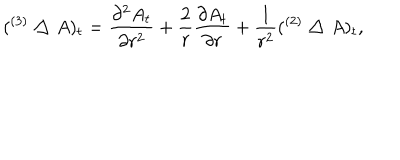
( { } ^ { ( 3 ) } \bigtriangleup A ) _ { t } = { \frac { \partial ^ { 2 } A _ { t } } { \partial r ^ { 2 } } } + { \frac { 2 } { r } } { \frac { \partial A _ { t } } { \partial r } } + { \frac { 1 } { r ^ { 2 } } } ( { } ^ { ( 2 ) } \bigtriangleup A ) _ { t } ,